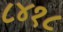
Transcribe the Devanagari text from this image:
८४१८